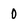
Character: 0